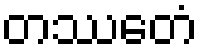
တဿေတံ